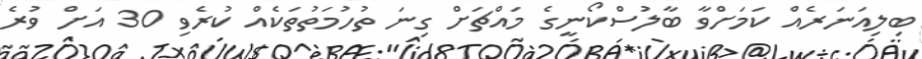
ބިލިއަނަރެއް ކަމަށްވާ ބާލުސްކޯނީގެ މައްޗަށް ގިނަ ތުހުމަތުތަކެއް ކުރެވި 30 އަށް ވުރެ